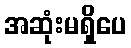
အဆုံးမရှိပေ